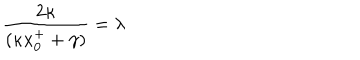
LaTeX: { \frac { 2 \kappa } { ( \kappa x _ { 0 } ^ { + } + \gamma ) } } = \lambda